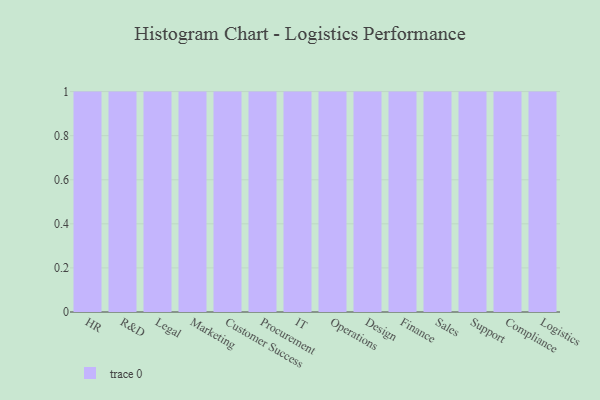
{"axis": {"x": "Department", "y": "Demand Index"}, "legend": [""], "data": [{"x": "HR", "y": 36, "type": ""}, {"x": "R&D", "y": 30, "type": ""}, {"x": "Legal", "y": 69, "type": ""}, {"x": "Marketing", "y": 37, "type": ""}, {"x": "Customer Success", "y": 8, "type": ""}, {"x": "Procurement", "y": 11, "type": ""}, {"x": "IT", "y": 48, "type": ""}, {"x": "Operations", "y": 23, "type": ""}, {"x": "Design", "y": 57, "type": ""}, {"x": "Finance", "y": 55, "type": ""}, {"x": "Sales", "y": 91, "type": ""}, {"x": "Support", "y": 15, "type": ""}, {"x": "Compliance", "y": 73, "type": ""}, {"x": "Logistics", "y": 11, "type": ""}]}